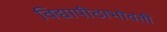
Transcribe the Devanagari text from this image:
विद्यापीठाभोवती